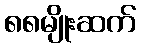
၈၈မျိုးဆက်